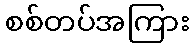
စစ်တပ်အကြား